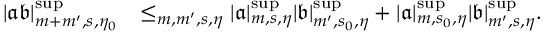
\begin{array} { r l } { | \mathfrak { a } \mathfrak { b } | _ { m + m ^ { \prime } , s , \eta _ { 0 } } ^ { \operatorname* { s u p } } } & { \le _ { m , m ^ { \prime } , s , \eta } | \mathfrak { a } | _ { m , s , \eta } ^ { \operatorname* { s u p } } | \mathfrak { b } | _ { m ^ { \prime } , s _ { 0 } , \eta } ^ { \operatorname* { s u p } } + | \mathfrak { a } | _ { m , s _ { 0 } , \eta } ^ { \operatorname* { s u p } } | \mathfrak { b } | _ { m ^ { \prime } , s , \eta } ^ { \operatorname* { s u p } } . } \end{array}